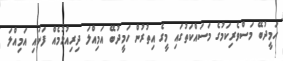
ހަމީދުބޭ މަސްވެރިކަމުގެ މަސައްކަތުގައި މީގެ އިތުރުން ހަމީދުބޭ އަމިއްލަ ދިރިއުޅުމެއް ފަށައި އަމިއްލަ